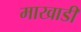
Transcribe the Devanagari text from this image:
माखाडी